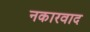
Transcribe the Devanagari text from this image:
नकारवाद